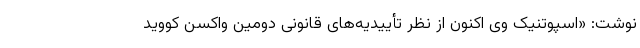
نوشت: «اسپوتنیک وی اکنون از نظر تأییدیه‌های قانونی دومین واکسن کووید